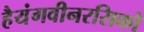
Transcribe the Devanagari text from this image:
हैयंगवीनरसिको